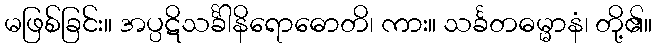
မဖြစ်ခြင်း။ အပ္ပဋိသင်္ခါနိရောဓောတိ၊ ကား။ သင်္ခတဓမ္မာနံ၊ တို့၏။